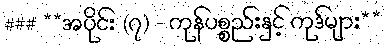
### **အပိုင်း (၇) - ကုန်ပစ္စည်းနှင့် ကုဒ်များ**